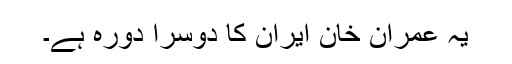
یہ عمران خان ایران کا دوسرا دورہ ہے۔